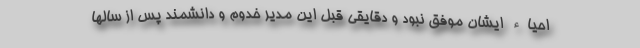
احیاء ایشان موفق نبود و دقایقی قبل این مدیر خدوم و دانشمند پس از سالها